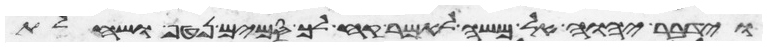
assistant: וידבר יהוה אל משה לאמר קח לך סמים נטף ושחלת